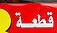
قطعة